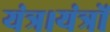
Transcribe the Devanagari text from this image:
यंत्र।यंत्रों